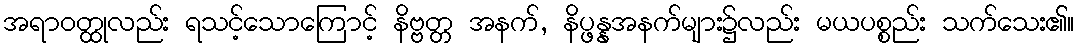
အရာဝတ္ထုလည်း ရသင့်သောကြောင့် နိဗ္ဗတ္တ အနက်, နိပ္ဖန္နအနက်များ၌လည်း မယပစ္စည်း သက်သေး၏။